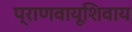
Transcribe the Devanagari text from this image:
प्राणवायूशिवाय